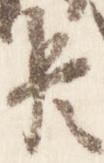
臣